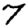
Digit: 7